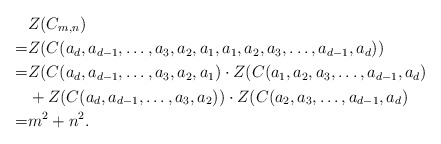
\begin{align*} &Z(C_{m,n})\\ =&Z(C(a_d,a_{d-1},\ldots,a_3,a_2,a_1,a_1,a_2,a_3,\ldots,a_{d-1},a_d))\\ =&Z(C(a_d,a_{d-1},\ldots,a_3,a_2,a_1)\cdot Z(C(a_1,a_2,a_3,\ldots,a_{d-1},a_d)\\ &+Z(C(a_d,a_{d-1},\ldots,a_3,a_2))\cdot Z(C(a_2,a_3,\ldots,a_{d-1},a_d)\\ =&m^2+n^2. \end{align*}